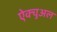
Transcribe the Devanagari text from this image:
ऐक्चुअल